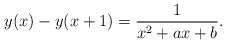
\begin{align*}y(x)-y(x+1)=\frac{1}{x^2+a x +b}.\end{align*}